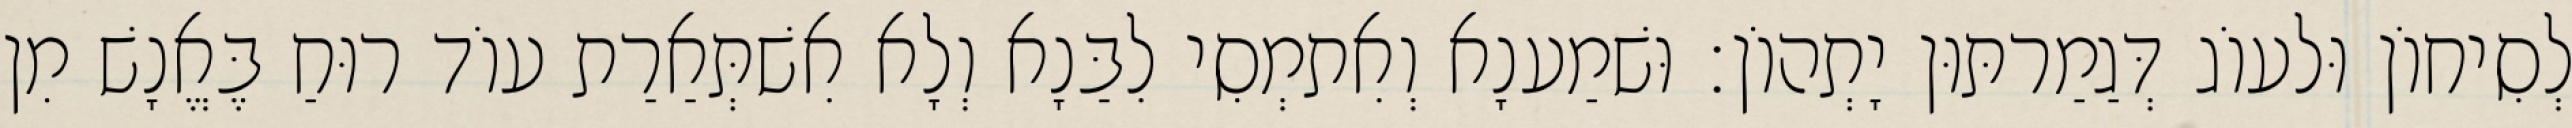
לְסִיחוֹן וּלעוֹג דְּגַמַרתּוּן יָתְהוֹן׃ וּשׁמַענָא וְאִתמְסִי לִבַּנָא וְלָא אִשׁתְּאַרַת עוֹד רוּחַ בֶּאֱנָשׁ מִן